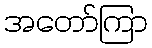
အတော်ကြာ